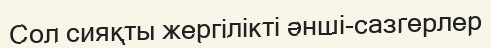
Сол сияқты жергілікті әнші-сазгерлер